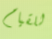
للقيام